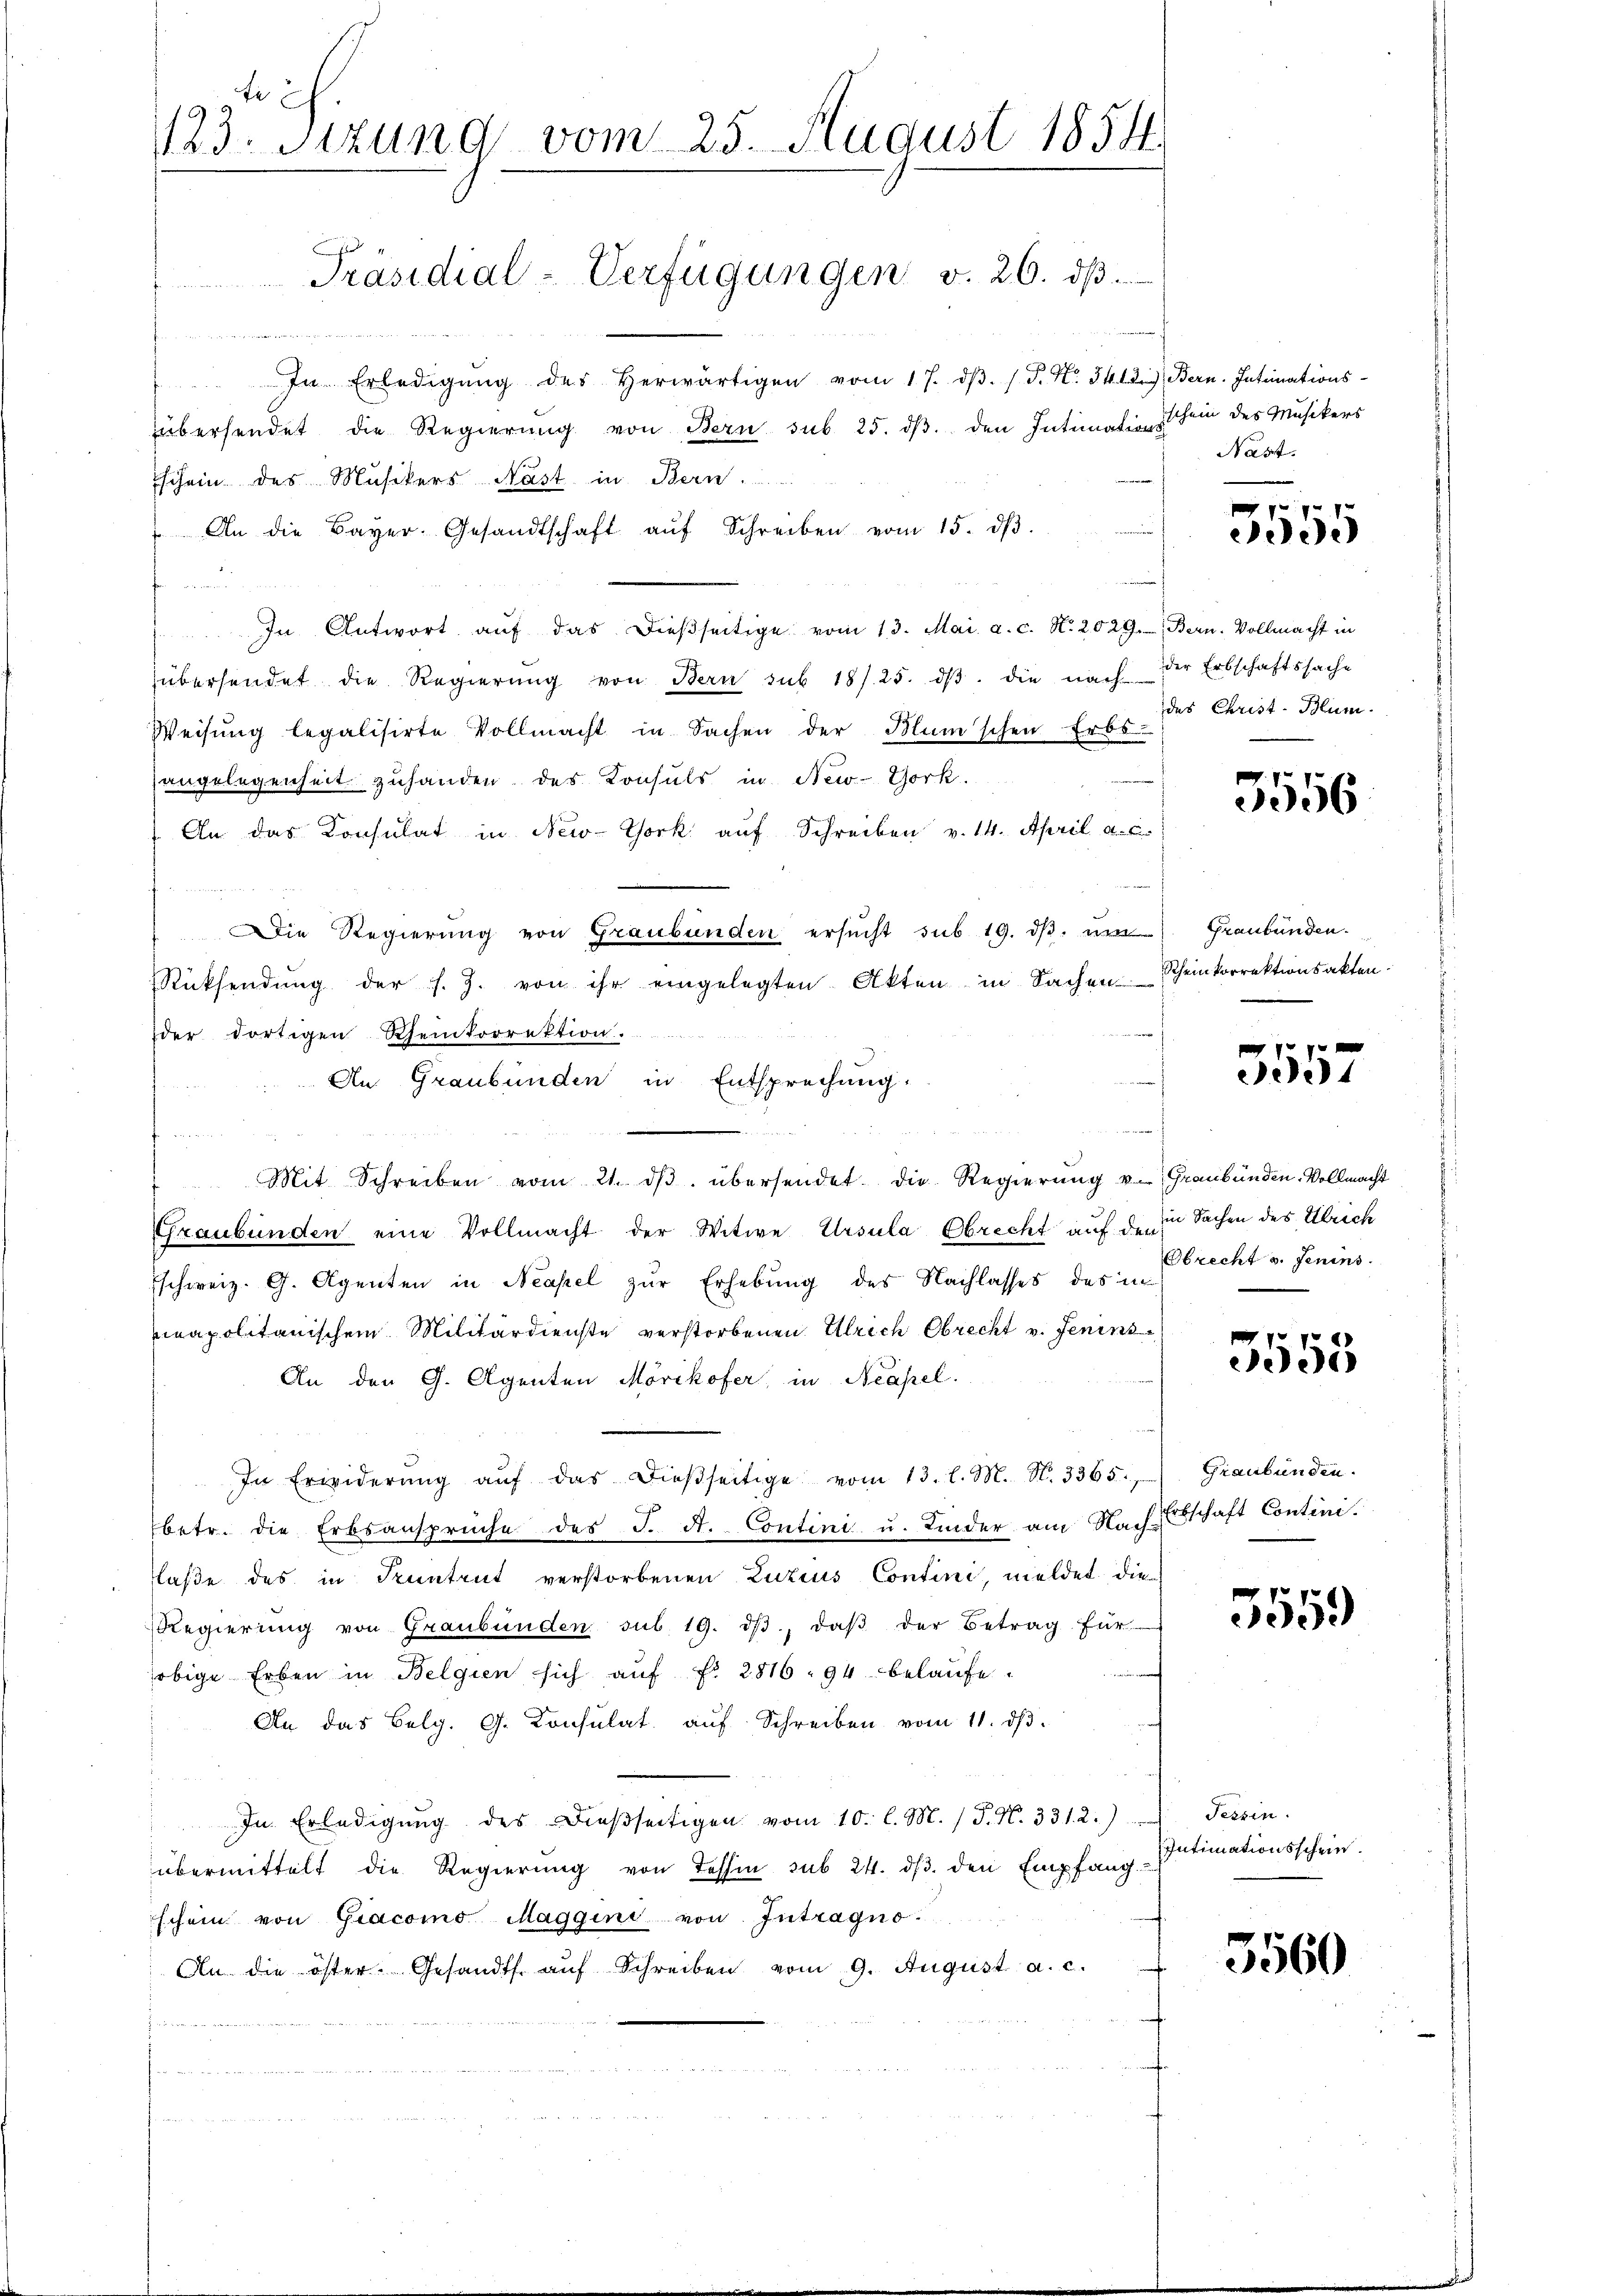
Mandanten die die anden
In Erledigŭng des herwärtigen vom 17. dβ. /. P. Nr. 342.) Bern. Intimations-
übersendet die Regierŭng von Bern sub 25. dβ. den Intimation sein des Musikers
Eschein des Musikers Nast in Bern.
An die Bayer, Gesandtschaft aŭf Schreiben vom 15. dβ.
fer einen
In Antwort aŭf das dieβseitige vom 13. Mai a. c. No. 2029.- Bern. Vollmacht in
übersendet die Regierŭng von Bern sub 18/25. dβ. die nach der Erbschaftssache
Weisŭng legalisirte Vollmacht in Sachen der Blüm'schen Erbs
angelegenheit zuhanden des Konsuls in New-York.
 An das Konsulat in New-York auf Schreiben v. 14. April a. c.
Die Regierung von Graubünden ersŭcht sub 19. dβ. um
1
Rücksendung der s. Z. von ihr eingelegten Akten in Sachen
der dortigen Rheinkorrektion.
f
An Graubünden in Entsprechung:
 Mit Schreiben vom 21. dβ übersendet die Regierŭng v. Graubünden-Vollmacht
Graubünden eine Vollmacht der Witwe Ursula Obrecht auf den in Sachen des Ulrich
schweiz. G. Agenten in Neapel zŭr Erhebung des Nachlasses des in
unapolitanischem Militärdienste verstorbenen Ulrich Obrecht v. Jenins
An den G. Agenten Mörikofer, in Neapel.
In Erwiderŭng aŭf das dieβseitige vom 13. l. M. N. 3365.
betr. die Erbsansprüche des J. A. Contini u. Kinder am Nachschaft Contini.
laße des in Tuntrut verstorbenen Luzius Contini, meldet, die
Regierŭng von Graubünden sub. 19. dβ, daβ der Betrag für
jobige Erben in Belgien sich aŭf Fr. 2816. 94 belaŭfe.
An das Belg. G. Consulat aŭf Schreiben vom 11. dβ.
In Erledigŭng des Dieβseitigen vom 10. l. M. (T. N. 331. 2.)
übermittelt die Regierung von Tessin sub 24. dβ. den Empfang
schein von Giacomo Maggini von Intragno
An die öster. Gesandts. aŭf Schreiben vom 9. August a. c.
s. das Concerneuer einen
¬

r
123. Stzung vom 25. August 1854.
Präsidial-Verfügungen v. 26. dβ.

Nast

5555

des Christ- Blum

3556

Graubünden
Rheinkorrektionsakten.
m

f 8 x
eele

Obrecht v. Jenins

3558

Graubünden.

3559

Tessin.
Intimationsschein

3560